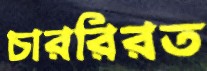
চাররিরত